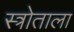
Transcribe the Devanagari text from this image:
स्त्रोताला